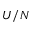
U / N